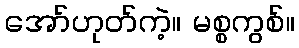
အော်ဟုတ်ကဲ့။ မစ္စကွစ်။